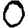
Digit: 0